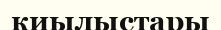
киылыстары